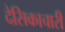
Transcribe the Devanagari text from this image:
देसिकाचारी